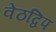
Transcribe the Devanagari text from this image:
वेठद्विप